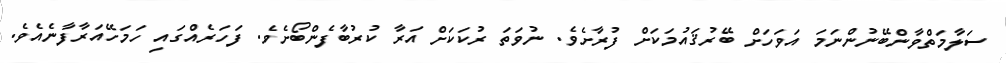
ސަލާމަތްވާންބޭނުންނަމަ އަވަހަށް ބޭރުޤައުމަކަށް ފުރާށެވެ. ނުވަތަ ރުކަކަށް އަރާ ކުރުބާފެންބޯށެވެ. ފަހަރެއްގައި ހަމަހޭއަރާފާނެއެވެ.